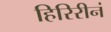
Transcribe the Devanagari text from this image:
हिरिरीनं